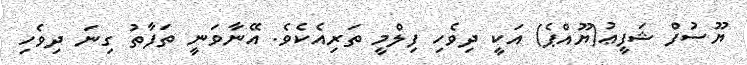
ޔޫސުފް ޝަފީޢު(ޔޫއްޕެ) އަކީ ދިވެހި ފިލްމީ ތަރިއެކެވެ. އޭނާވަނީ ތަފާތު ގިނަ ދިވެހި